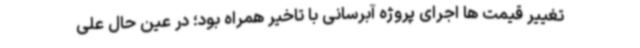
تغییر قیمت ها اجرای پروژه آبرسانی با تاخیر همراه بود؛ در عین حال علی